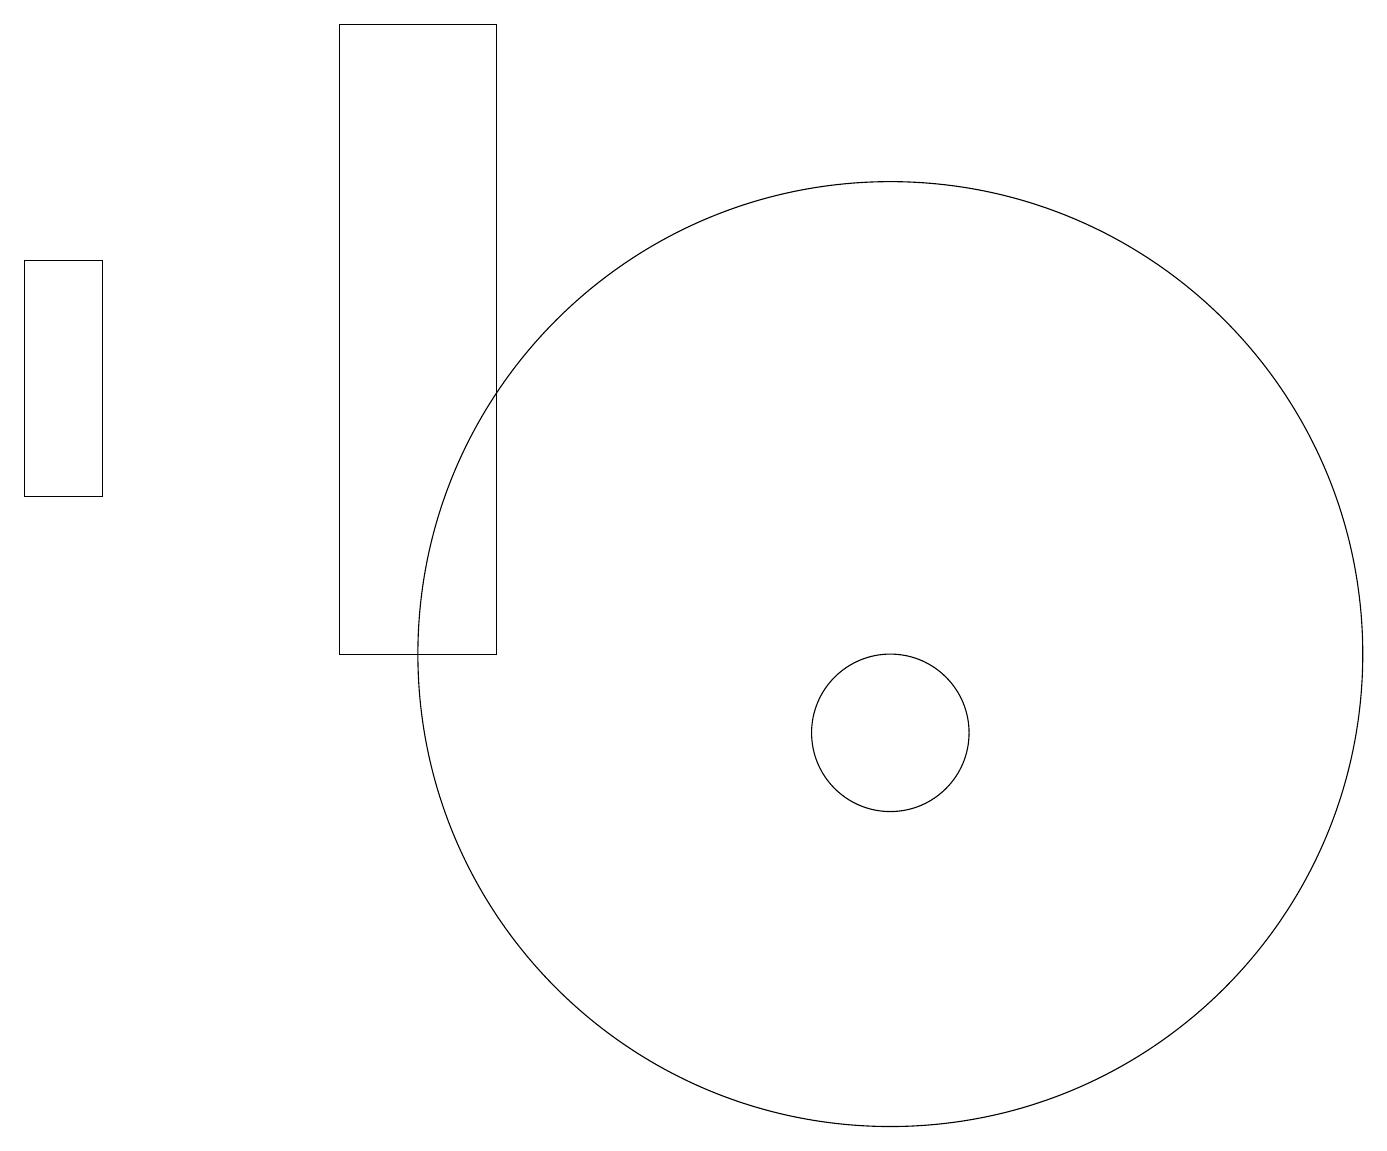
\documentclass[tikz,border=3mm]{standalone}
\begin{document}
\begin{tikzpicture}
\draw (11,10) circle (1);
\draw (6,19) rectangle (4,11);
\draw (11,11) circle (6);
\draw (1,16) rectangle (0,13);
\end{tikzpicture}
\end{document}